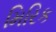
મિરિક